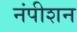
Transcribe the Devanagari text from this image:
नंपीशन